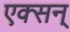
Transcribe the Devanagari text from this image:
एक्सन्